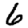
Digit: 6